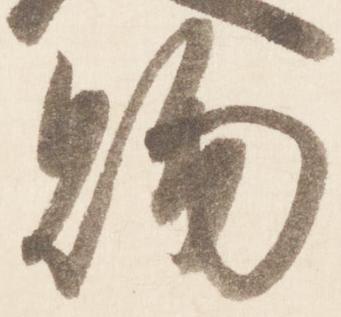
賜